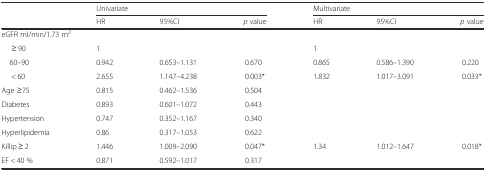
| <ROWSPAN=2>  | <COLSPAN=3> Univariate | <COLSPAN=3> Multivariate |
 | HR | 95%CI | p value | HR | 95%CI | p value |
 | --- | --- | --- | --- | --- | --- | --- |
 | <COLSPAN=7> eGFR ml/min/1.73 m2 |
 | ≥ 90 | 1 |  |  | 1 |  |  |
 | 60–90 | 0.942 | 0.653–1.131 | 0.670 | 0.865 | 0.586–1.390 | 0.220 |
 | < 60 | 2.655 | 1.147–4.238 | 0.003* | 1.832 | 1.017–3.091 | 0.033* |
 | Age ≥75 | 0.815 | 0.462–1.536 | 0.504 |  |  |  |
 | Diabetes | 0.893 | 0.601–1.072 | 0.443 |  |  |  |
 | Hypertension | 0.747 | 0.352–1.167 | 0.340 |  |  |  |
 | Hyperlipidemia | 0.86 | 0.317–1.053 | 0.622 |  |  |  |
 | Killip ≥ 2 | 1.446 | 1.009–2.090 | 0.047* | 1.34 | 1.012–1.647 | 0.018* |
 | EF < 40 % | 0.871 | 0.592–1.017 | 0.317 |  |  |  |